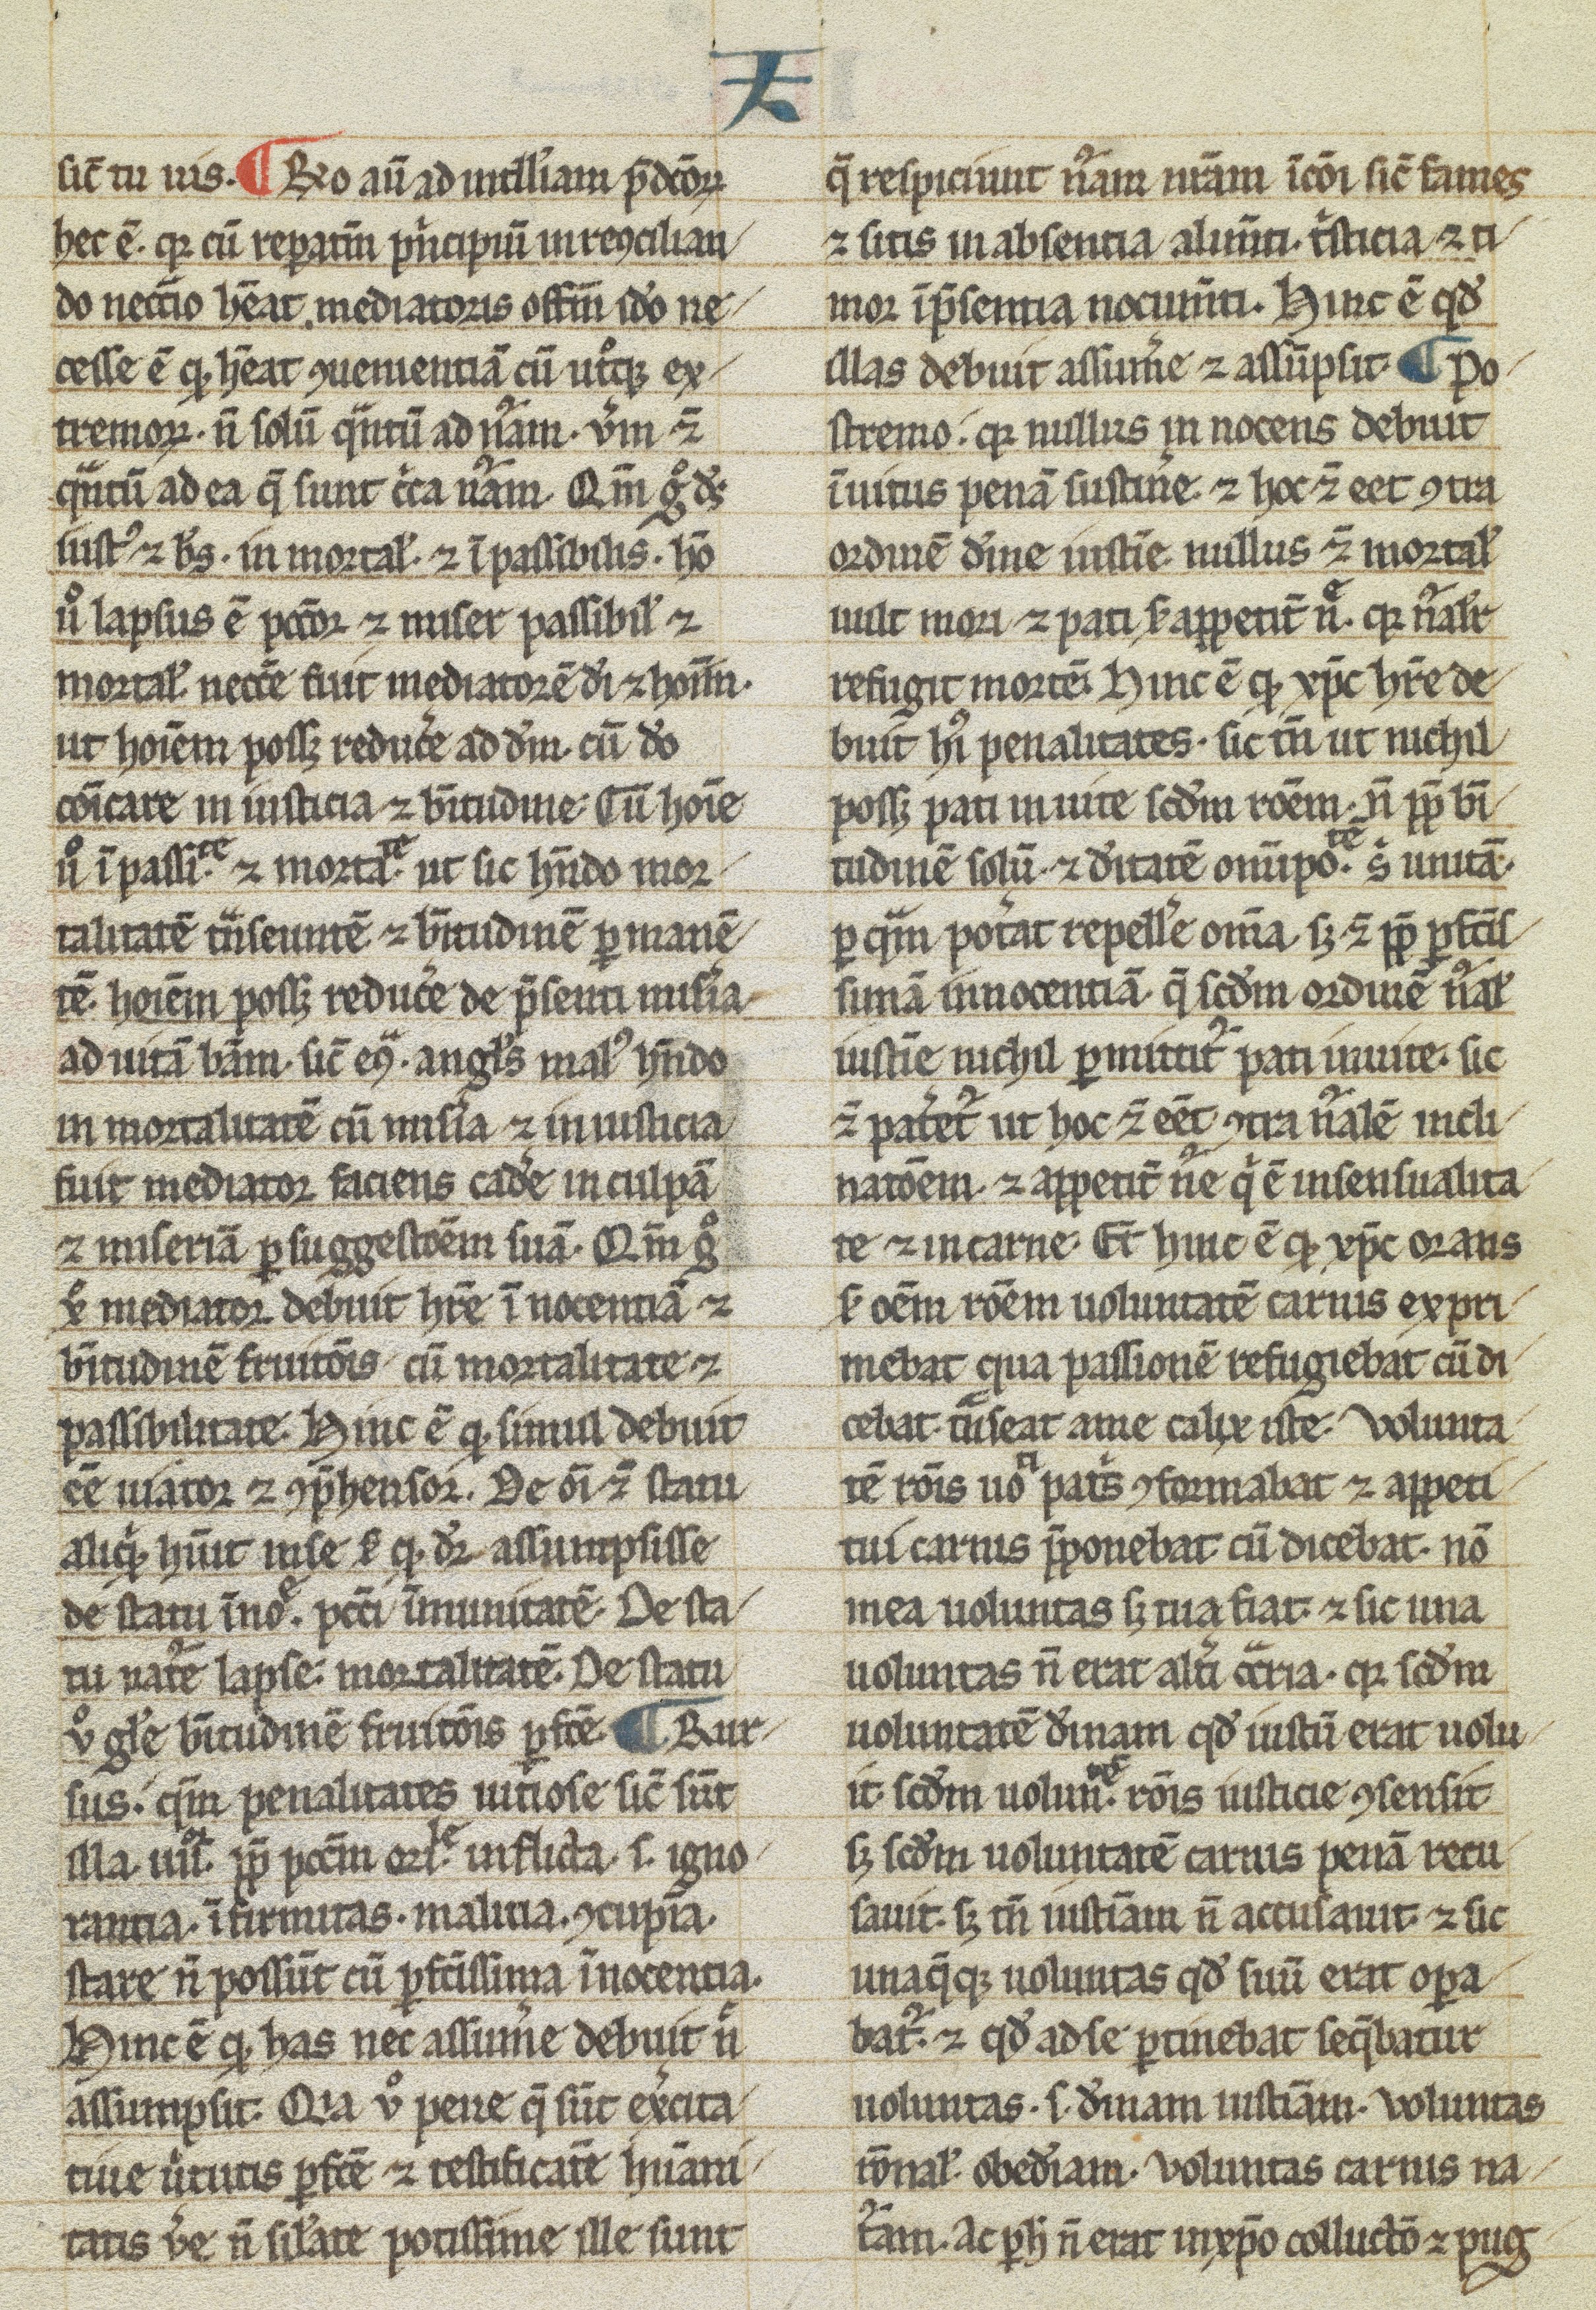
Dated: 1200–1399